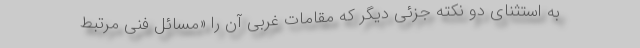
به استثنای دو نکته جزئی دیگر که مقامات غربی آن را «مسائل فنی مرتبط